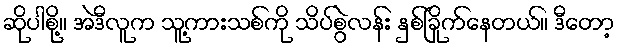
ဆိုပါစို့။ အဲဒီလူက သူ့ကားသစ်ကို သိပ်စွဲလန်း နှစ်ခြိုက်နေတယ်။ ဒီတော့